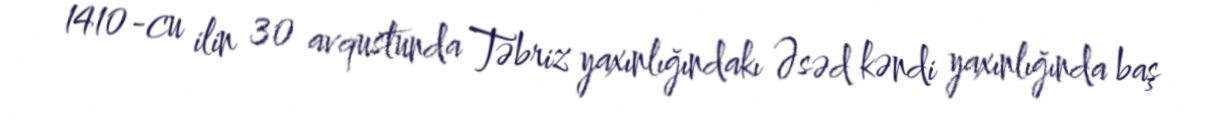
1410-cu ilin 30 avqustunda Təbriz yaxınlığındakı Əsəd kəndi yaxınlığında baş